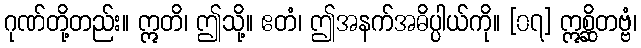
ဂုဏ်တို့တည်း။ ဣတိ၊ ဤသို့။ ဧတံ၊ ဤအနက်အဓိပ္ပါယ်ကို။ [၀၇] ဣစ္ဆိတဗ္ဗံ၊